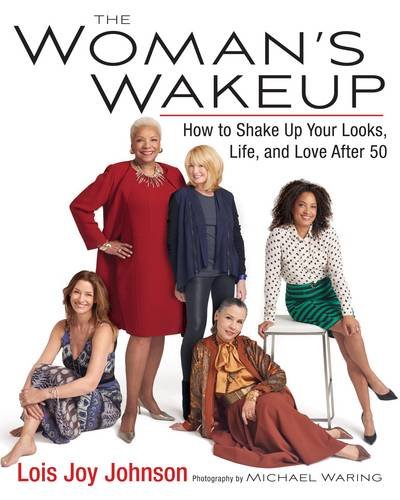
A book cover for The Woman's Wakeup: How to Shake Up Your Looks, Life, and Love After 50; Lois Joy Johnson; Health, Fitness & Dieting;